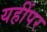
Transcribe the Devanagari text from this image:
यहींपर